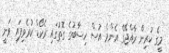
މީގެ ކުރިން ރާއްޖޭގެ އެންމެ އުސް ހިސާބުގެ ގޮތުގައި ރެކޯޑް ކުރެވިފައި ވަނީ